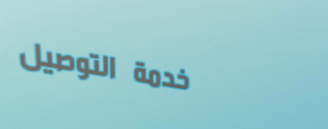
خدمة التوصيل